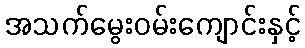
အသက်မွေးဝမ်းကျောင်းနှင့်